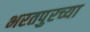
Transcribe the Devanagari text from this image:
भरतपुरच्या